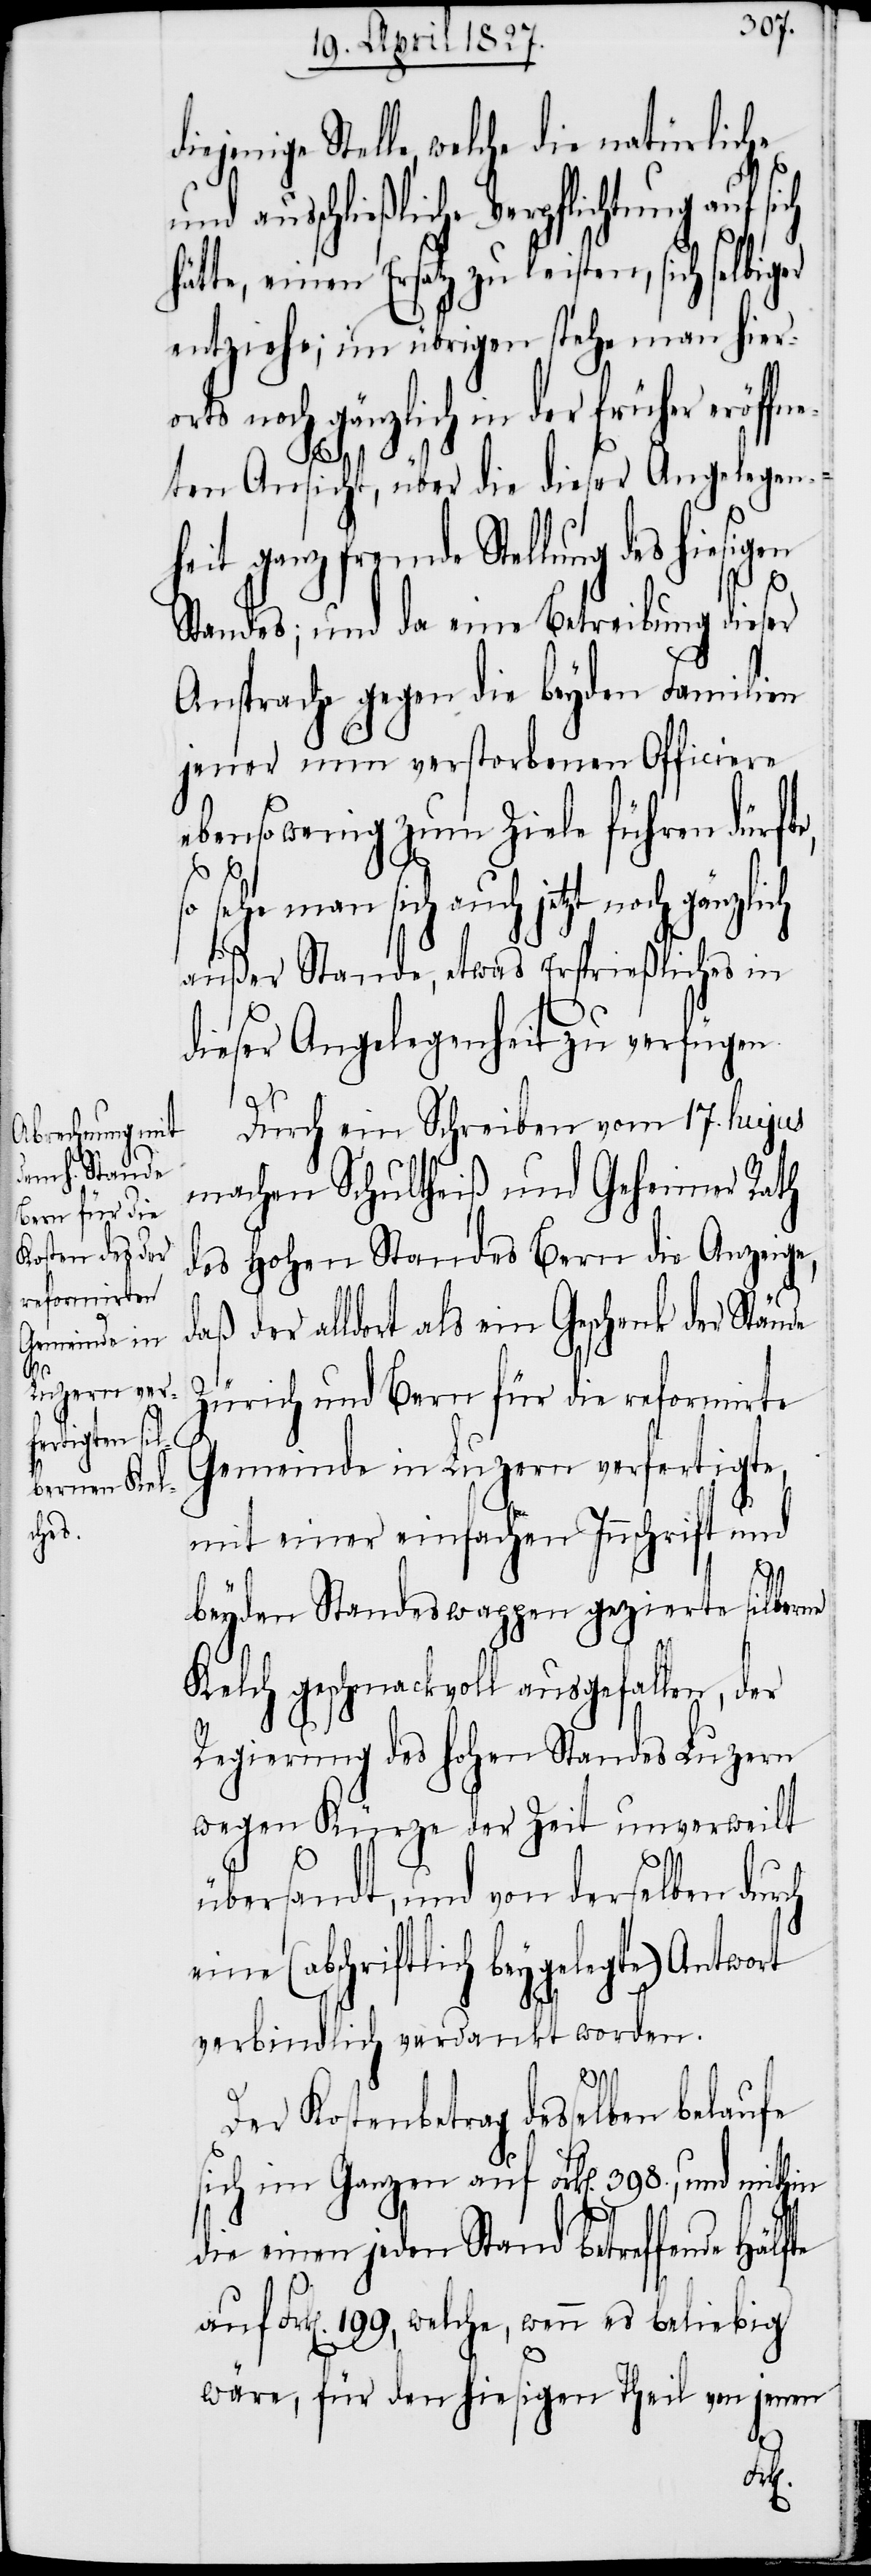
jenige Stelle, welche die natürliche
und ausschließliche Verpflichtung auf sich
hätte, einen Ersatz zu leisten, sich
entziehe; im übrigen stehe man hier¬
orts noch gänzlich in der früher eröffn¬
te auf
eten Ansicht, über die dieser Angelegenh¬
eit ganz fremde Stellung des hie¬
Standes; und da eine Betreibung dieser
Ansprache gegen die beyden Familien
jener nun verstorbenen Officiere
ebensowenig zum Ziele führen dürft¬
sehe man sich auch jetzt noch
außer Stande, etwas Ersprießliches in
dieser Angelegenheit zu verfügen.
Durch ein Schreiben vom 17. hujus
machen Schultheiß und Geheimer Rath
des Hohen Standes Bern die Anzeige,
daß der alldort als ein Geschenk der Stände
Zürich und Bern für die reformirte
Gemeinde in Luzern verfertigte,
mit einer einfachen Innschrift und
beyden Standeswappen gezierte silberne
Kelch geschmackvoll ausgefallen, der
Regierung des Hohen Standes Luzern
wegen Kürze der Zeit unverweilt
übersandt, und von derselben durch
eine (schriftlich beygelegte) Antwort
verbindlich verdankt worden.
Der Kostenbetrag desselben belaufe
sich im Ganzen auf Frk[en]. 398., und mithin
die einen jeden Stand betreffende Hälf¬
Frk[en]. 199, welche, wenn es beliebig
wäre, für den hiesigen Theil von jenen
die¬